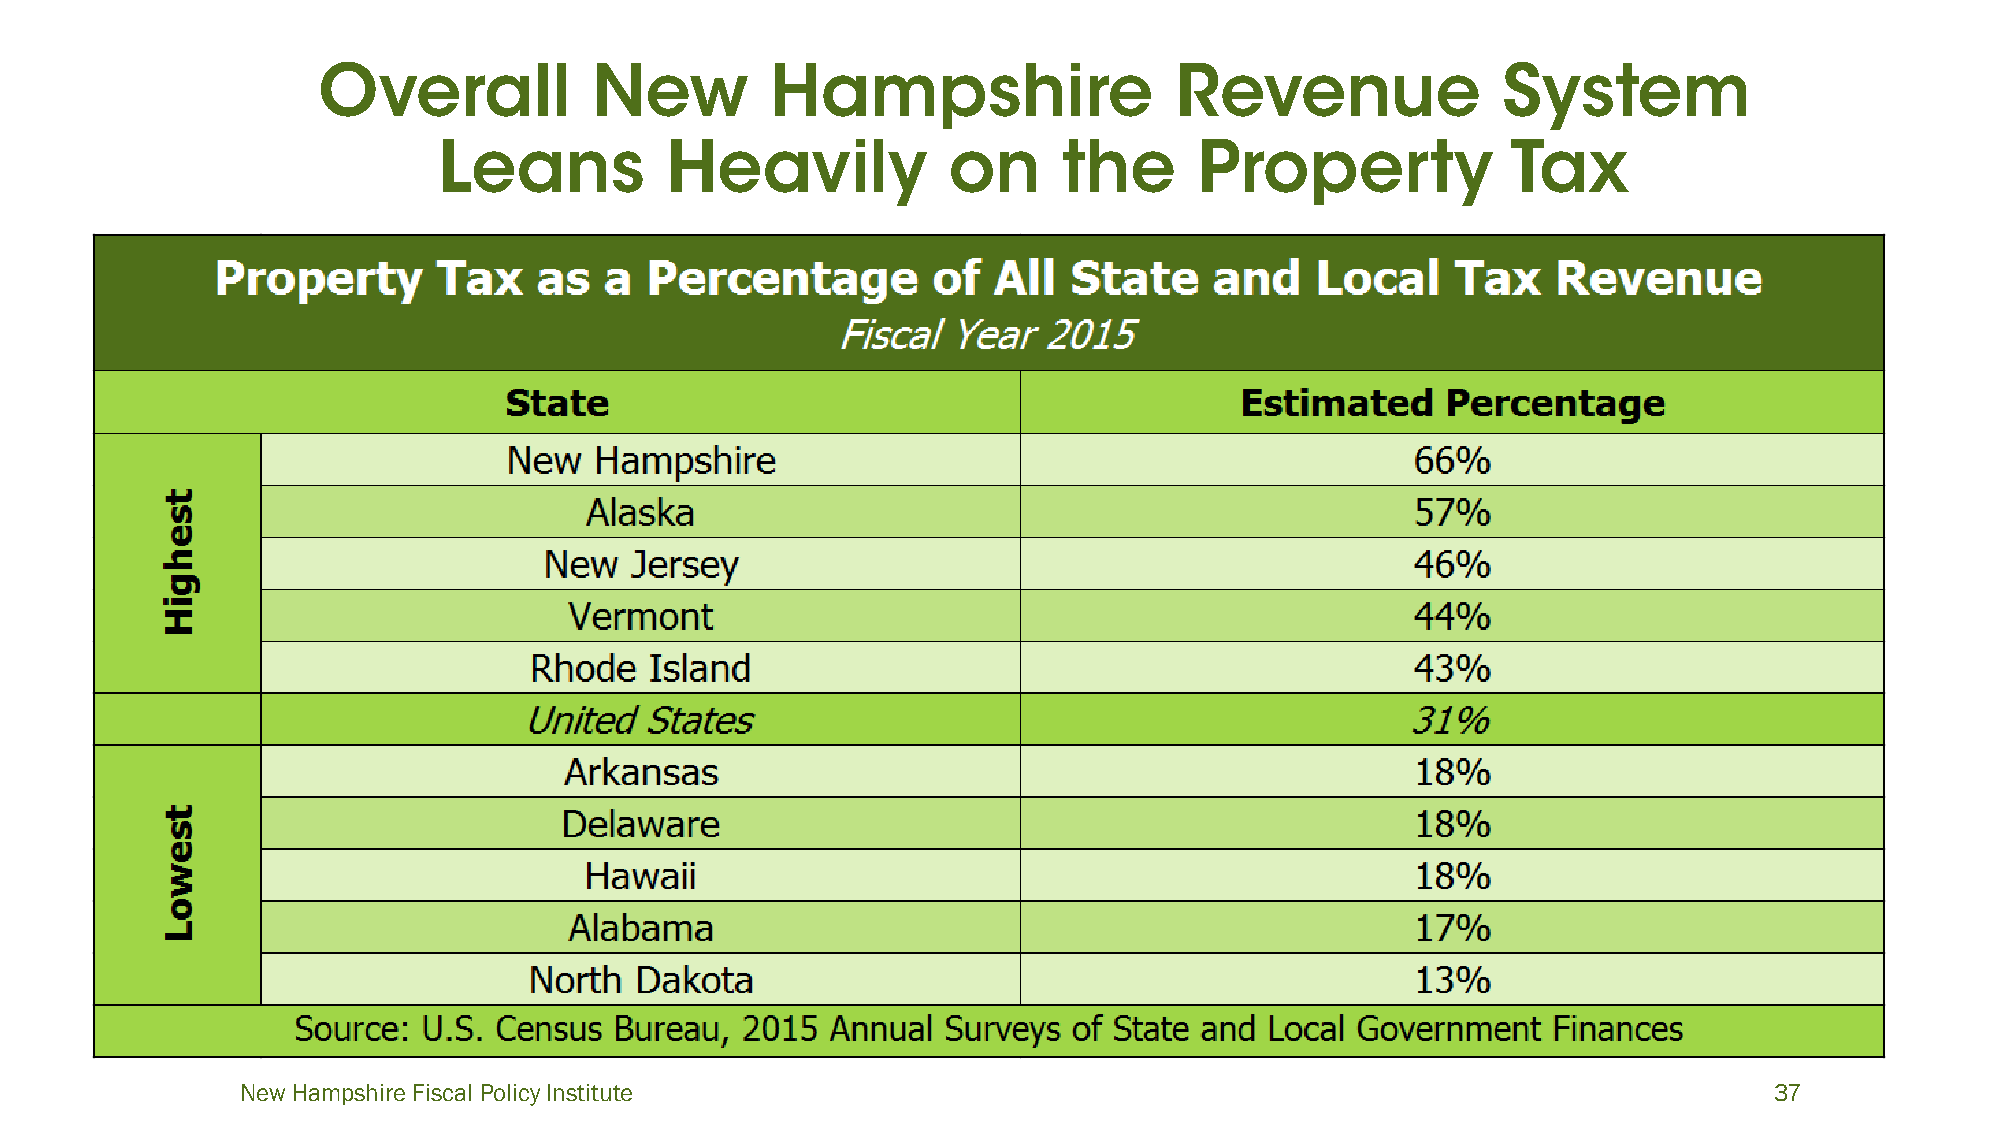
New Hampshire Fiscal Policy Institute                                                                37